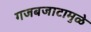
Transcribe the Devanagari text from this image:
गजबजाटामुळे